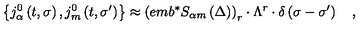
\left\{ j _ { \alpha } ^ { 0 } \left( t , \sigma \right) , j _ { m } ^ { 0 } \left( t , \sigma ^ { \prime } \right) \right\} \approx \left( e m b ^ { * } S _ { \alpha m } \left( \Delta \right) \right) _ { r } \cdot \Lambda ^ { r } \cdot \delta \left( \sigma - \sigma ^ { \prime } \right) \quad ,